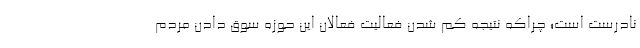
نادرست است؛ چراكه نتيجه كم شدن فعاليت فعالان اين حوزه سوق دادن مردم